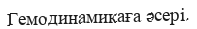
Гемодинамикаға əсері.